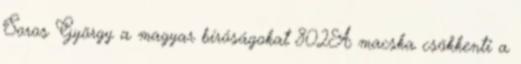
Soros György a magyar bíróságokat 802A macska csökkenti a